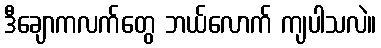
ဒီချောကလက်တွေ ဘယ်လောက် ကျပါသလဲ။